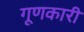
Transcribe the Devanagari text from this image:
गूणकारी